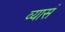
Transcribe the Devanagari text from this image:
व्यासं